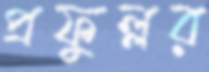
প্রফুল্লর